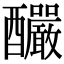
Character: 釅